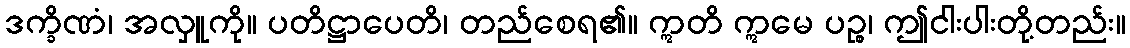
ဒက္ခိဏံ၊ အလှူကို။ ပတိဋ္ဌာပေတိ၊ တည်စေရ၏။ ဣတိ ဣမေ ပဉ္စ၊ ဤငါးပါးတို့တည်း။